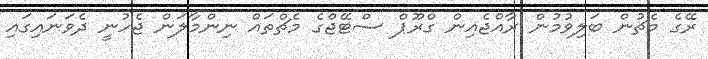
ރޭގެ މެޗުން ބަލިވުމުން ރާއްޖެއިން ގްރޫޕް ސްޓޭޖްގެ މެޗްތައް ނިންމާލަން ޖެހުނީ ދެވަނައިގައި